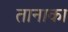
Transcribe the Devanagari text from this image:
तानाका